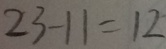
2 3 - 1 1 = 1 2